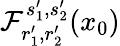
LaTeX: \mathcal{F}_{r_{1}^{\prime},r_{2}^{\prime}}^{s_{1}^{\prime},s_{2}^{\prime}}(x_{0})